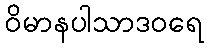
ဝိမာနပါသာဒဝရေ